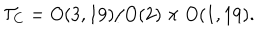
{ \cal T } _ { C } = O ( 3 , 1 9 ) / O ( 2 ) \times O ( 1 , 1 9 ) .